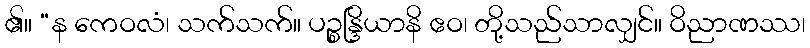
၏။ “န ကေဝလံ၊ သက်သက်။ ပဉ္စန္ဒြိယာနိ ဧဝ၊ တို့သည်သာလျှင်။ ဝိညာဏဿ၊